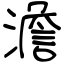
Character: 澹